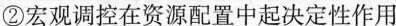
②宏观调控在资源配置中起决定性作用